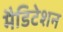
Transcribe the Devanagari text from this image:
मैडिटेशन